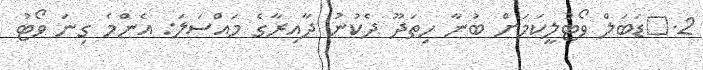
2.	ޑަބަލް ވޯޓުލީކަމަށް ބުނާ ހިތަދޫ ދެކުނު ދާއިރާގެ މައްސަލަ: އެންމެ ގިނަ ވޯޓު